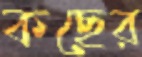
কছের